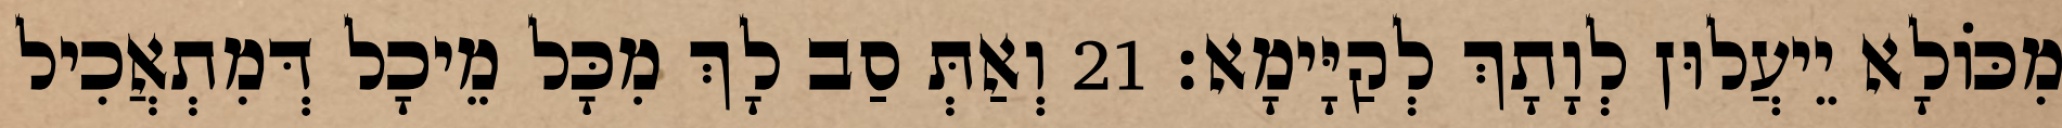
מִכּוֹלָא יֵיעֲלוּן לְוָתָךְ לְקַיָּימָא׃ 21 וְאַתְּ סַב לָךְ מִכָּל מֵיכָל דְּמִתְאֲכִיל